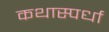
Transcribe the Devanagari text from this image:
कथास्पर्धा